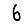
Digit: 6